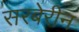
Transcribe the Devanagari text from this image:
सरबेरीन